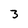
Character: 3